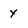
Character: y